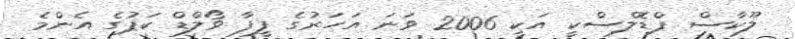
ލޫކާސް ޕްޑޮލްސްކީ އަކީ 2006 ވަނަ އަހަރުގެ ފީފާ ވޯލްޑް ކަޕުގެ އެންމެ